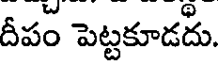
దీపం పెట్టకూడదు.